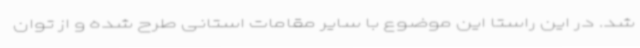
شد. در این راستا این موضوع با سایر مقامات استانی طرح شده و از توان